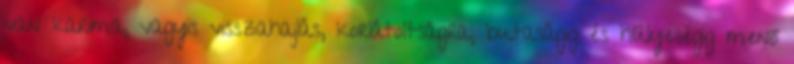
van karima, vagyis visszahajlás, korlátoltságra, butaságig és hülyeségig menő